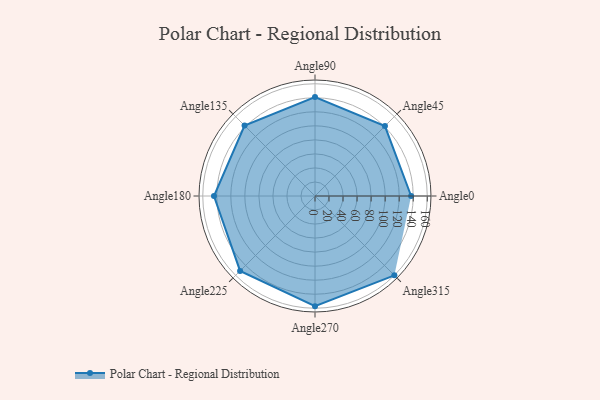
{"axis": {"x": "Angle", "y": "Radius"}, "legend": [""], "data": [{"x": "Angle0", "y": 137.0, "type": ""}, {"x": "Angle45", "y": 141.0, "type": ""}, {"x": "Angle90", "y": 141.0, "type": ""}, {"x": "Angle135", "y": 142.0, "type": ""}, {"x": "Angle180", "y": 144.0, "type": ""}, {"x": "Angle225", "y": 151.0, "type": ""}, {"x": "Angle270", "y": 157.0, "type": ""}, {"x": "Angle315", "y": 160.0, "type": ""}]}